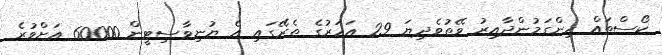
ކޯސްތައް ހިންގަމުންދާއިރު ވޭތުވެދިޔަ 29 އަހަރުގެ ތެރޭގައި އެ ޔުނިވާސިޓީން 60000 އަށްވުރެ